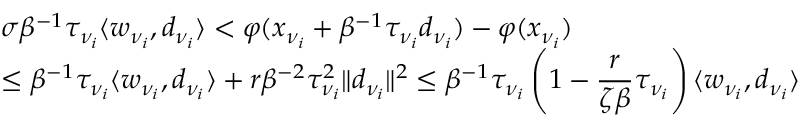
\begin{array} { l l } { \sigma \beta ^ { - 1 } \tau _ { \nu _ { i } } \langle w _ { \nu _ { i } } , d _ { \nu _ { i } } \rangle < \varphi ( x _ { \nu _ { i } } + \beta ^ { - 1 } \tau _ { \nu _ { i } } d _ { \nu _ { i } } ) - \varphi ( x _ { \nu _ { i } } ) } \\ { \leq \beta ^ { - 1 } \tau _ { \nu _ { i } } \langle w _ { \nu _ { i } } , d _ { \nu _ { i } } \rangle + r \beta ^ { - 2 } \tau _ { \nu _ { i } } ^ { 2 } \| d _ { \nu _ { i } } \| ^ { 2 } \leq \beta ^ { - 1 } \tau _ { \nu _ { i } } \left( 1 - \displaystyle \frac { r } { \zeta \beta } \tau _ { \nu _ { i } } \right) \langle w _ { \nu _ { i } } , d _ { \nu _ { i } } \rangle } \end{array}